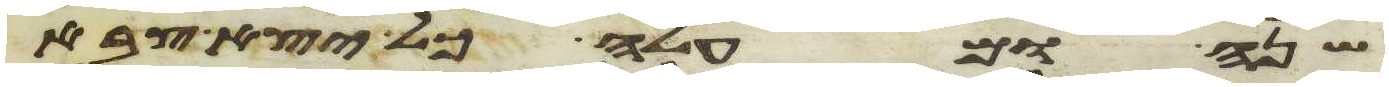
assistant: שנה ומעלה כל יצא צבא